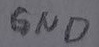
Text: GND